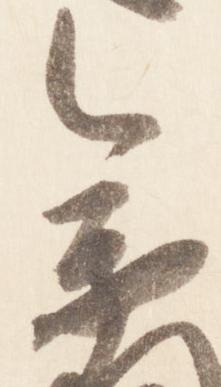
参